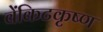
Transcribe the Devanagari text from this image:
वेंकिटकृष्ण